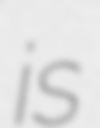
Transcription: is